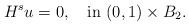
LaTeX: \begin{align*}H^su=0,\quad\hbox{in}~(0,1)\times B_2.\end{align*}